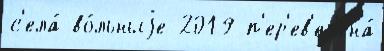
с'ела́ во́льныjе 2019 п'ер'ев'ез'ена́